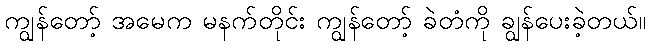
ကျွန်တော့် အမေက မနက်တိုင်း ကျွန်တော့် ခဲတံကို ချွန်ပေးခဲ့တယ်။